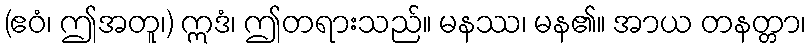
(ဧဝံ၊ ဤအတူ၊) ဣဒံ၊ ဤတရားသည်။ မနဿ၊ မန၏။ အာယ တနတ္တာ၊